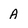
Character: A